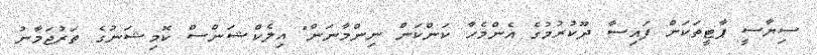
ސިޔާސީ ޕާޓީތަކަށް ފައިސާ ދޫކުރުމުގެ އެންމެހާ ކަންކަން ނިންމާނަން" އިލެކްޝަންސް ކޮމިޝަނުގެ ތަރުޖަމާނު